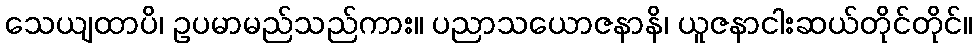
သေယျထာပိ၊ ဥပမာမည်သည်ကား။ ပညာသယောဇနာနိ၊ ယူဇနာငါးဆယ်တိုင်တိုင်။